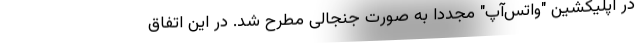
در اپلیکشین "واتس‌آپ" مجددا به صورت جنجالی مطرح شد. در این اتفاق